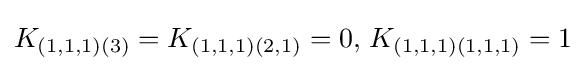
K_{(1,1,1)(3)}=K_{(1,1,1)(2,1)}=0,\,K_{(1,1,1)(1,1,1)}=1